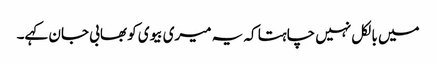
میں بالکل نہیں چاہتا کہ یہ میری بیوی کو بھابی جان کہے۔